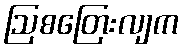
ဩစတြေးလျက